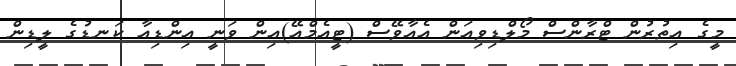
މީގެ އިތުރުން ޓްރާންސް މޯލްޑިވިއަން އެއާވޭސް (ޓީއެމްއޭ)އިން ވަނީ އިންޑިއާ ކަނޑުގެ ލީޑިން